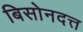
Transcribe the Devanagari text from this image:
बिसोनदत्त